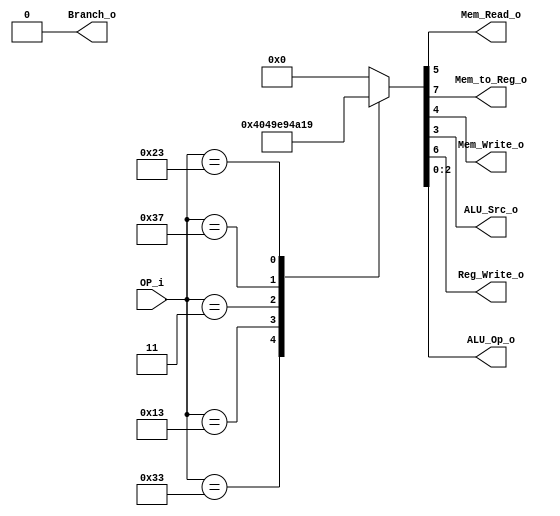
/******************************************************************
* Description
*	This is control unit for the RISC-V Microprocessor. The control unit is 
*	in charge of generation of the control signals. Its only input 
*	corresponds to opcode from the instruction bus.
*	1.0
* Author:
*	Dr. Jos Luis Pizano Escalante
* email:
*	luispizano@iteso.mx
* Date:
*	16/08/2021
******************************************************************/
module Control
(
	input [6:0]OP_i,
	
	
	output Branch_o,
	output Mem_Read_o,
	output Mem_to_Reg_o,
	output Mem_Write_o,
	
	output ALU_Src_o,		//
	output Reg_Write_o,	//
	output [2:0]ALU_Op_o	//
);

localparam R_Type = 7'h33;

localparam I_Type_LOGIC = 7'h13;
localparam I_Type_LOAD =  7'h03;
localparam I_Type_JUMP =  7'h67;

localparam U_Type = 7'h37;
localparam J_Type = 7'h6F;
localparam S_Type = 7'h23;
localparam B_Type = 7'h63;

reg [8:0] control_values;

always@(OP_i) begin
	case(OP_i)							 //  876_54_3_210
	
	R_Type : control_values = 9'b001_00_0_000;
	
	I_Type_LOGIC : control_values = 9'b001_00_1_001;
	I_Type_LOAD	 : control_values = 9'b011_10_1_001;
	
	U_Type : control_values = 9'b001_00_1_010;
	
	//J_Type : control_values = 9'b   _  _ _011;
	
	S_Type : control_values = 9'b000_01_1_001; // Se le va a sumar un immediat al valor del registro 1
	
	//B_Type : control_values = 9'b1   _  _ _101;
	
		default:
			control_values= 9'b000_00_000;
		endcase
end	

assign Branch_o = control_values[8];

assign Mem_to_Reg_o = control_values[7];

assign Reg_Write_o = control_values[6];

assign Mem_Read_o = control_values[5];

assign Mem_Write_o = control_values[4];

assign ALU_Src_o = control_values[3];

assign ALU_Op_o = control_values[2:0];	

endmodule